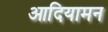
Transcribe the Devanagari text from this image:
आदियामन